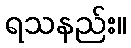
ရသနည်း။